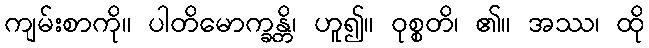
ကျမ်းစာကို။ ပါတိမောက္ခန္တိ၊ ဟူ၍။ ဝုစ္စတိ၊ ၏။ အဿ၊ ထို